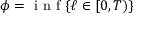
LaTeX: \phi = { \textrm { i n f } } \{ \ell \in [ 0 , T ) \}